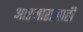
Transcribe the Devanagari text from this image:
आरमारालाही